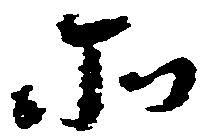
そ